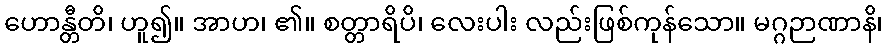
ဟောန္တီတိ၊ ဟူ၍။ အာဟ၊ ၏။ စတ္တာရိပိ၊ လေးပါး လည်းဖြစ်ကုန်သော။ မဂ္ဂဉာဏာနိ၊